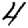
Digit: 4